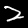
Label: 2